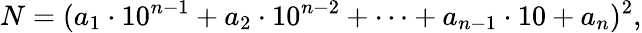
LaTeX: N=(a_{1}\cdot 10^{n-1}+a_{2}\cdot 10^{n-2}+\cdots+a_{n-1}\cdot 10+a_{n})^{2},